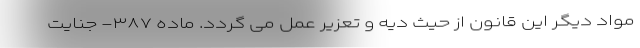
مواد دیگر این قانون از حیث دیه و تعزیر عمل می گردد. ماده ۳۸۷- جنایت